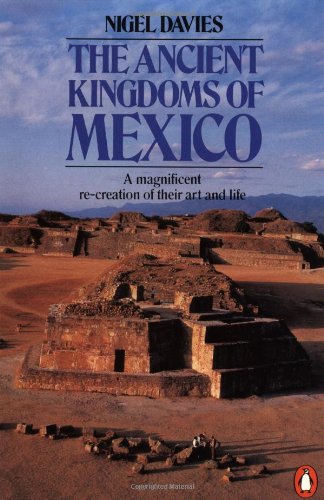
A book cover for The Ancient Kingdoms of Mexico (Penguin history); Nigel Davies; History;